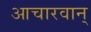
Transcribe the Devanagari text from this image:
आचारवान्